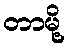
တာမို့